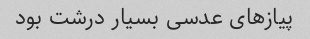
پیازهای عدسی بسیار درشت بود